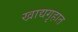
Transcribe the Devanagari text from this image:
खाद्यगृहात